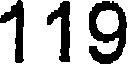
119